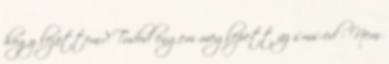
hogy lejöttem? Tudod engem meglepett az sms-ed - Nem